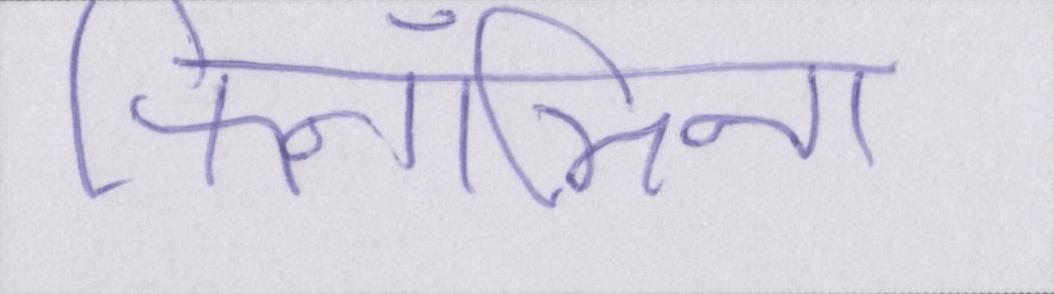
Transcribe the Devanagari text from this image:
फिनॉमिना